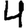
Digit: 4